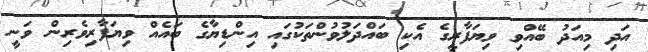
އަދި މިއަދު ބޭއްވި ވިޔަފާރީގެ އެކި ބައްދަލުވުންތަކުގައި އިންޑިޔާގެ ބައެއް ވިޔަފާރިވެރިން ވަނީ